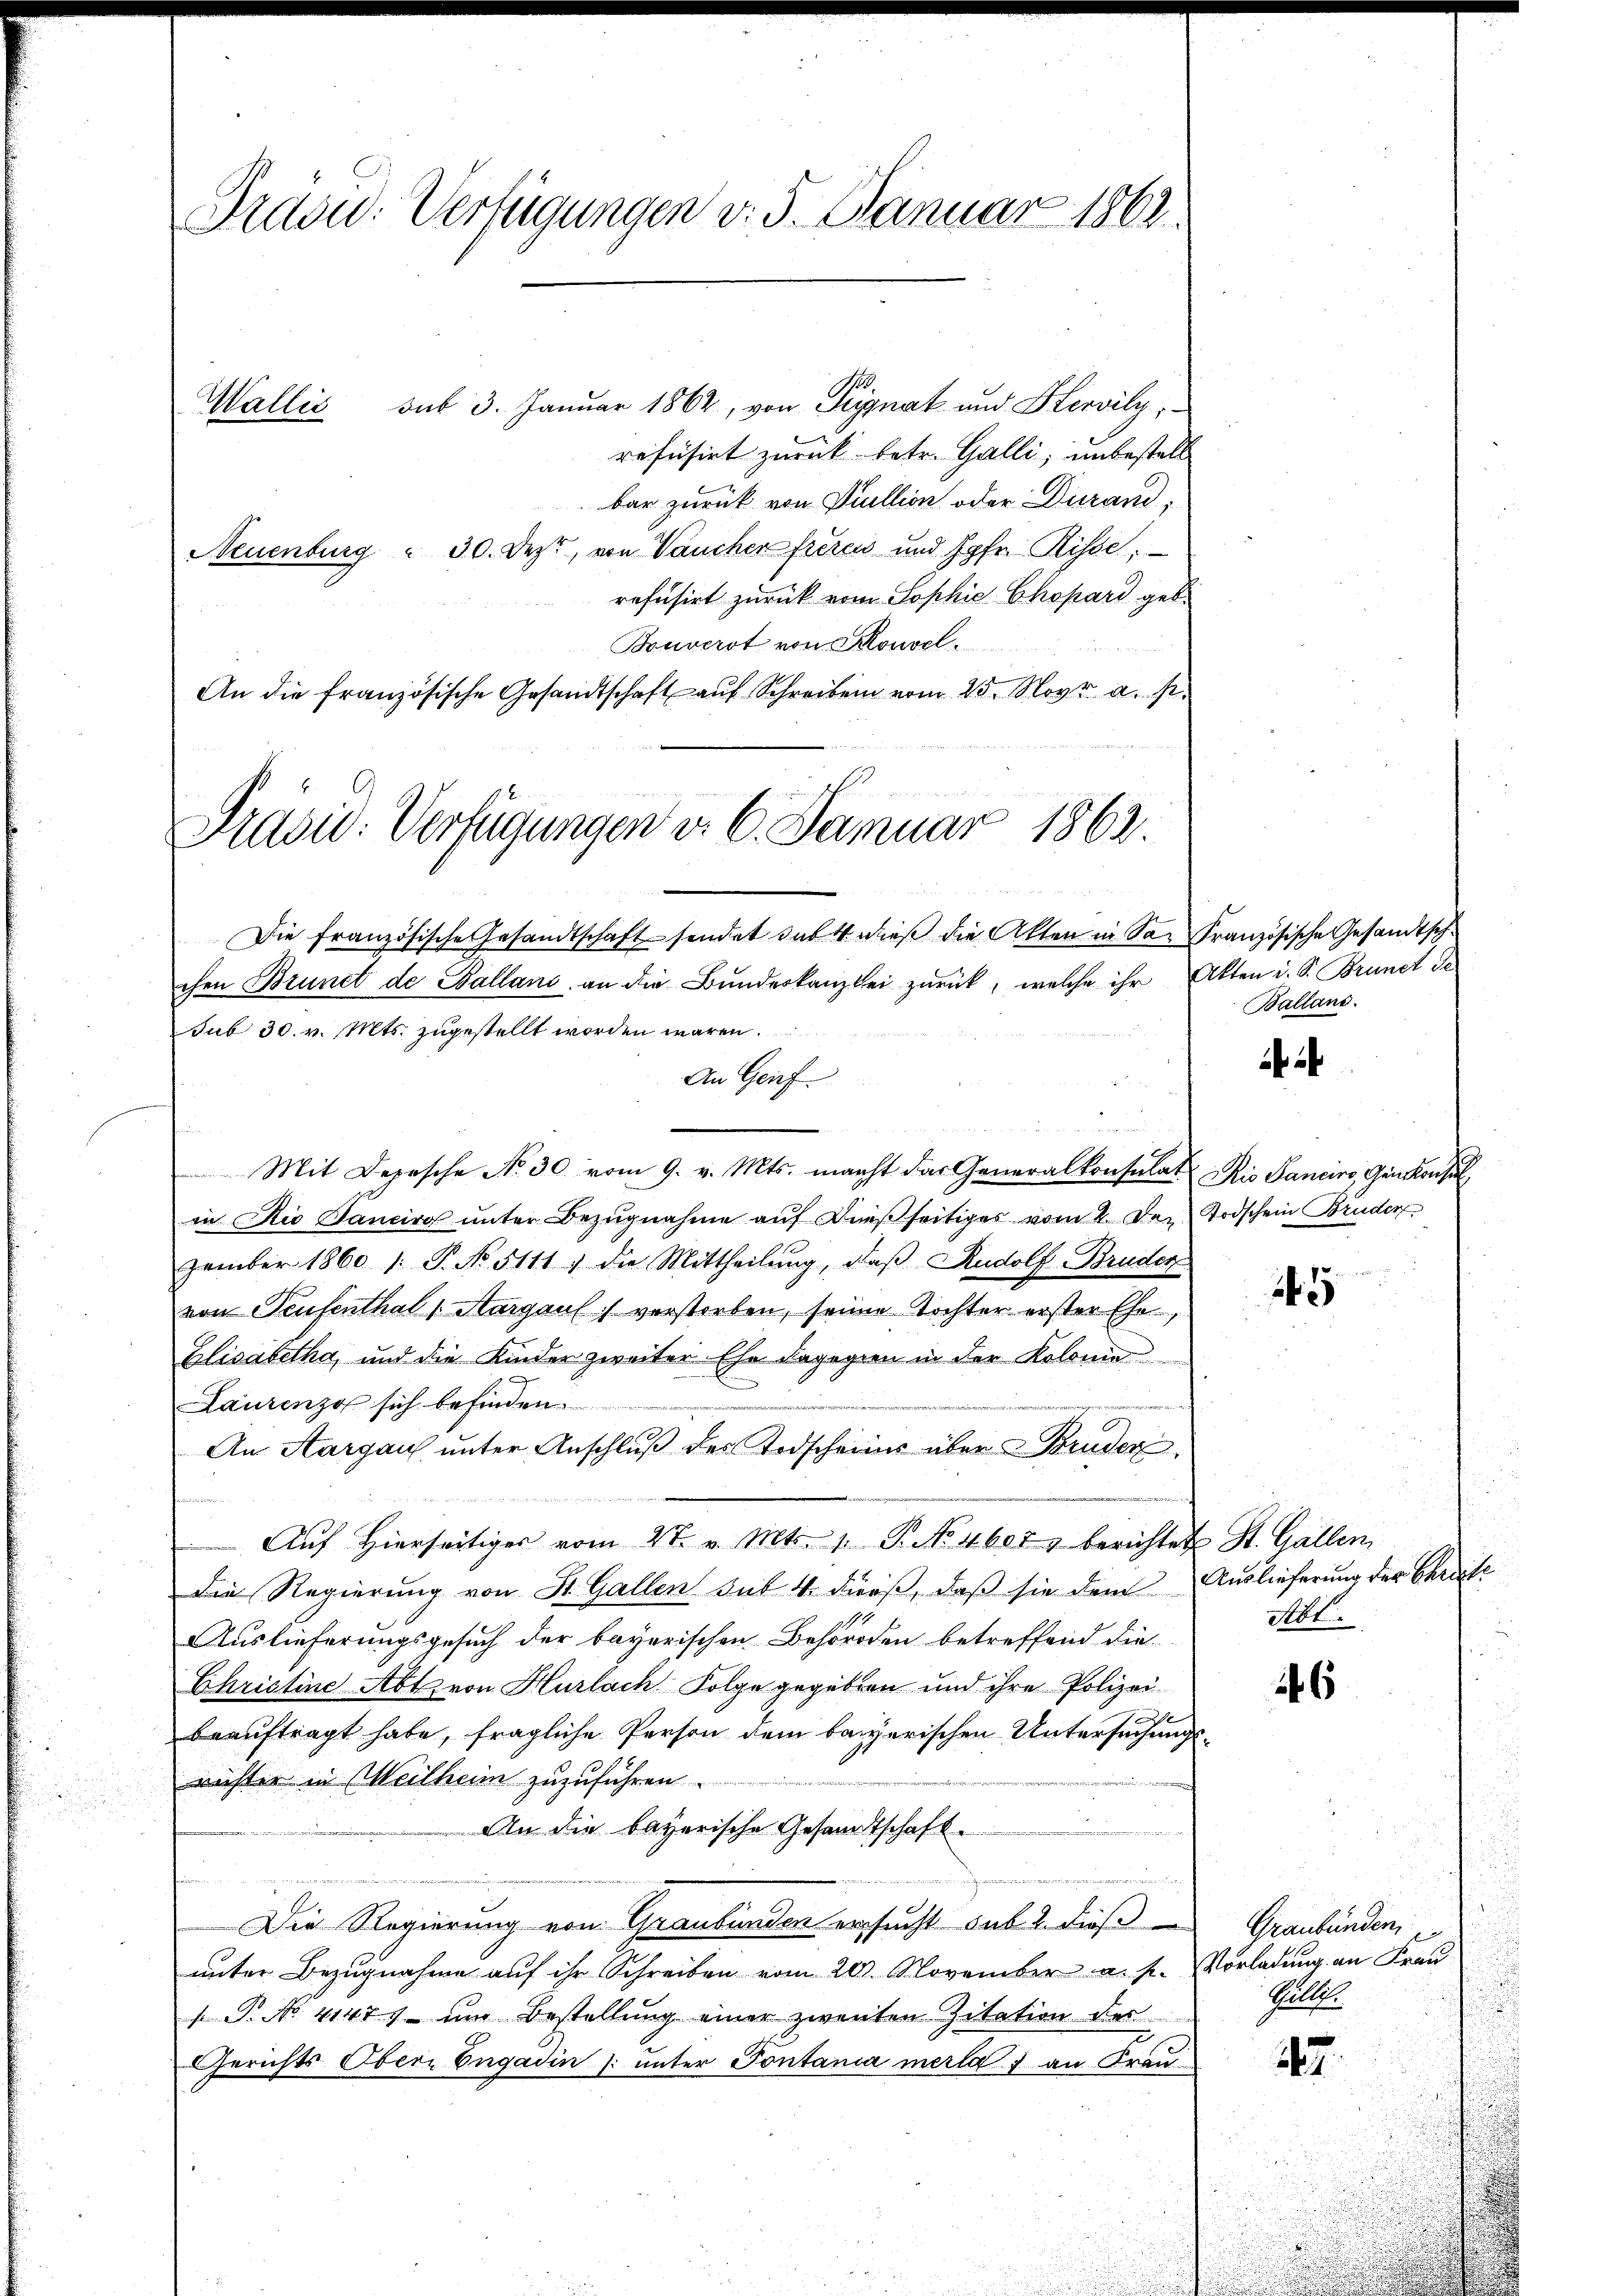
Frdowd: Verfügungen v. 5. Januar 1862.
Wallis sub 3. Januar 1862, von Pignat und Hervily;
refrisirt zurück betr. Galli, unbestell

bar zurück von Quellion oder Durand,
Neuenburg " 30. Dezt, von Vaucher freien und Jgfr. Risse,
refusirt zurück vom Sophie Chopard geb.
Bouverst von Konvel¬
Die französische Gesandtschaft sendet das 4 dieß die Akten in San Französische Gesandtschchen Brunct de Balland an die Bŭndeskanzlei zurück, welche ihr Akten d. S. Brunct de
sub 30. v. Mts. zugestellt worden wären.
An Genf
Mit Depesche No 30. vom 9. v. Mts. macht das Generalkonsulat Kio Sanciro, Ginskonsul
in Rio Sanciro unter Bezugnahme auf dießseitiges vom 2. Dez. Todschein Bruder
zember 1860 1. P. No. 5111) die Mittheilŭng, daβ Rudolf Bruder
von Teufenthal v. Aargau verstorben, seine Tochter erster Ehe,
Elisabetha, und die Kinder zweiter Ehe dagegen in der Kolonia
Laurenzo sich befinden.
An Aargau unter Anschluß der Todscheines über Bruder
74
Aŭf Hierseitiges vom 27. v. Mts. 1. P. No 4600 berichtet St. Gallen
Die Regierung von St. Gallen sub 4. dieß, daß sie dem Auslieferung der Christe
Auslieferungsgesuch der bayerischen Behörden betreffend die
Christine Abt von Hurlach Folge gegeben und ihre Polizeibeauftragt habe, fragliche Person dem bayerischen Untersuchungsrichter in Weilheim zuzuführen.
An die bayerische Gesandtschaft.
egeme
e
Die Regierung von Graubünden ersucht sub. 2. dieß
unter Bezugnahme auf ihr Schreiben vom 20. November a. p. Vorladung an Frau
. P. No. 4147) um Bestellung einer zweiten Zitation des
Gerichts Obern Engadin (unter Pontania merlas an Frau

An die französische Gesandtschaft auf Schreiben vom 25. Nov. a. p.
Präsid: Verfügungen v. 6. Januar 1862.
28 50

Ballans.

43

Not.

6

Graubünden
Müller

42.